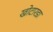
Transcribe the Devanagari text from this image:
खोटारडा